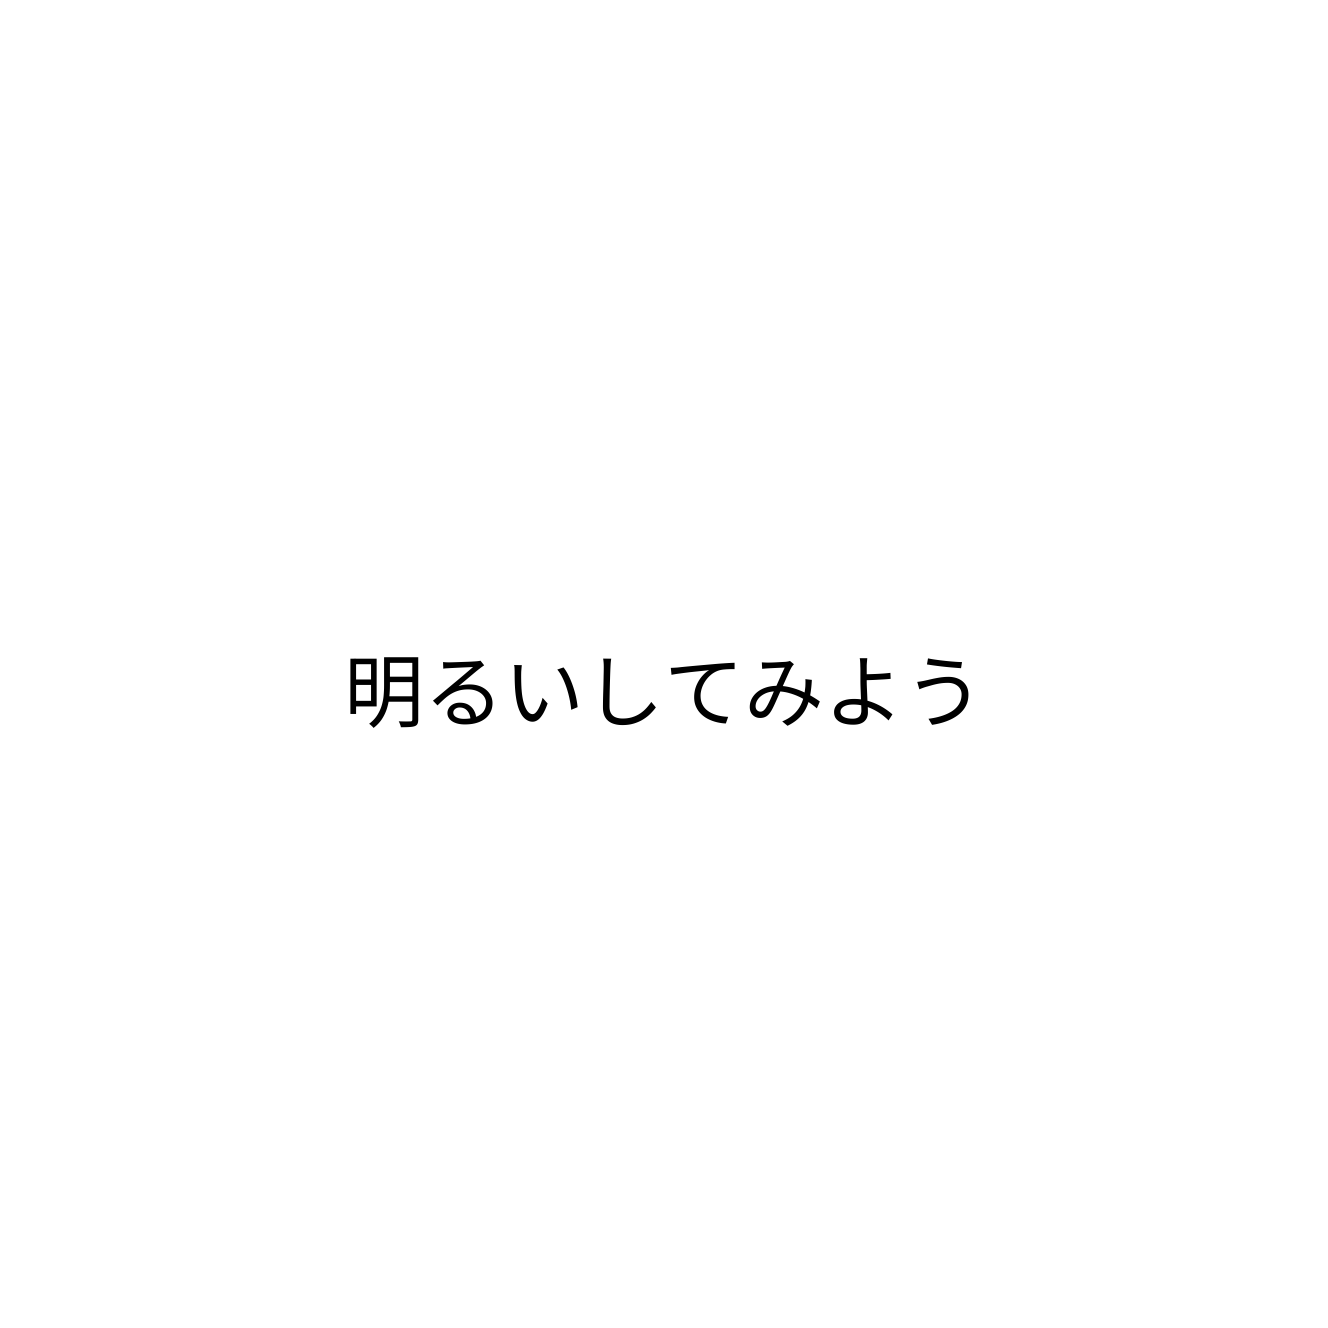
明るいしてみよう